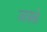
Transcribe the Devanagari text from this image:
जासके